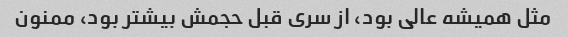
مثل همیشه عالی بود، از سری قبل حجمش بیشتر بود، ممنون